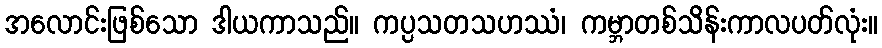
အလောင်းဖြစ်သော ဒါယကာသည်။ ကပ္ပသတသဟဿံ၊ ကမ္ဘာတစ်သိန်းကာလပတ်လုံး။